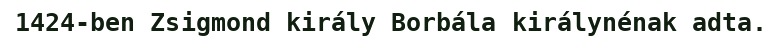
1424-ben Zsigmond király Borbála királynénak adta.